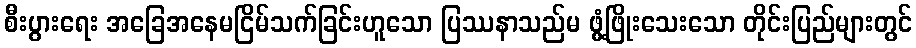
စီးပွားရေး အခြေအနေမငြိမ်သက်ခြင်းဟူသော ပြဿနာသည်မ ဖွံ့ဖြိုးသေးသော တိုင်းပြည်များတွင်